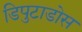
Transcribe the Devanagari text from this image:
डिपुटाडोस